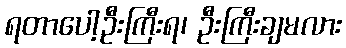
ရတာပေါ့ဦးကြီးရ၊ ဦးကြီးချမလား